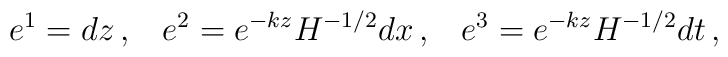
e^1=dz \,,\;\;\; e^2=e^{-kz}H^{-1/2}dx \,,\;\;\; e^3=e^{-kz}H^{-1/2}dt \,,